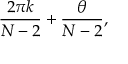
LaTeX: \frac { 2 \pi k } { N - 2 } + \frac { \theta } { N - 2 } ,